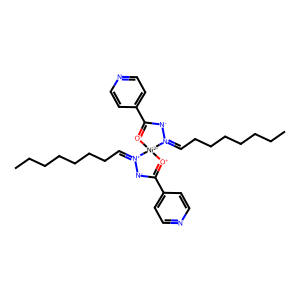
SMILES: CCCCCCCC=[N+]1[N-]C(c2ccncc2)=[O+][Ni-2]12[O+]=C(c1ccncc1)[N-][N+]2=CCCCCCCC
Inhibits HIV replication: No